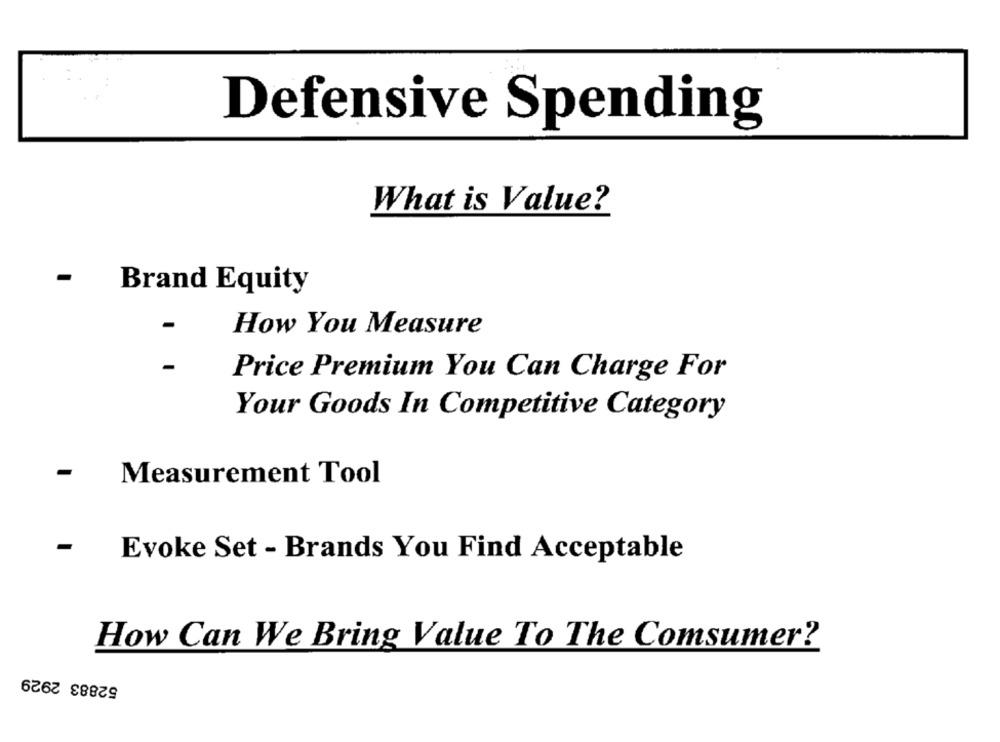
Defensive Spending
What is Value?
Brand Equity
How You Measure
-
Price Premium You Can Charge For
Your Goods In Competitive Category
-
Measurement Tool
-
Evoke Set - Brands You Find Acceptable
How Can We Bring Value To The Comsumer?
52883 2929